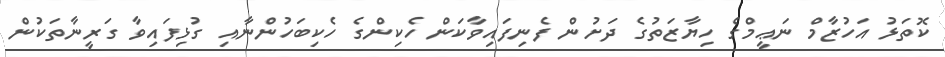
ކޮތަޅު އަހުޒާމް ނަޢީމްގެ ހިޔާޒަތުގެ ދަށުން ފެނިފައިވާކަން ހެކިންގެ ހެކިބަހުންނާއި ގުޅިފައިވާ ގަރީނާތަކުން